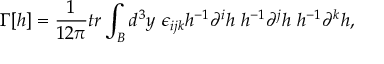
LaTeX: \Gamma [ h ] = \frac { 1 } { 1 2 \pi } t r \int _ { B } d ^ { 3 } y ~ \epsilon _ { i j k } h ^ { - 1 } \partial ^ { i } h ~ h ^ { - 1 } \partial ^ { j } h ~ h ^ { - 1 } \partial ^ { k } h ,